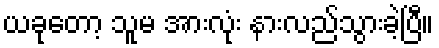
ယခုတော့ သူမ အားလုံး နားလည်သွားခဲ့ပြီ။